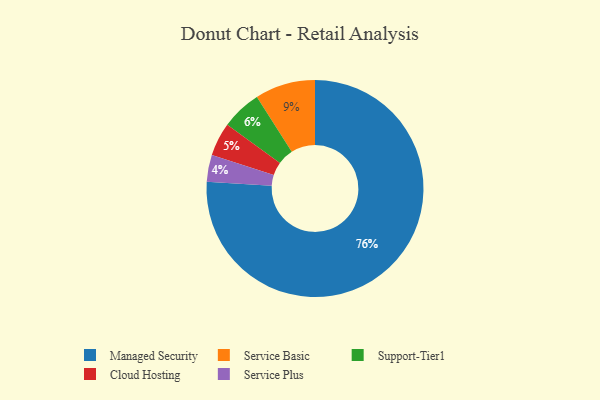
{"axis": {"x": "Category", "y": "Percentage"}, "legend": ["Cloud Hosting", "Managed Security", "Service Basic", "Service Plus", "Support-Tier1"], "data": [{"x": "Support-Tier1", "y": 6, "type": "Support-Tier1"}, {"x": "Service Basic", "y": 9, "type": "Service Basic"}, {"x": "Managed Security", "y": 76, "type": "Managed Security"}, {"x": "Service Plus", "y": 4, "type": "Service Plus"}, {"x": "Cloud Hosting", "y": 5, "type": "Cloud Hosting"}]}